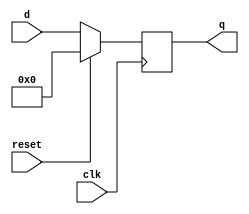
module top_module (
    input clk,
    input reset,            // Synchronous reset
    input [7:0] d,
    output [7:0] q
);
    
    always @(posedge clk)begin
        if(reset)
            q <= 8'b0;
        else
            q <= d;
    end

endmodule